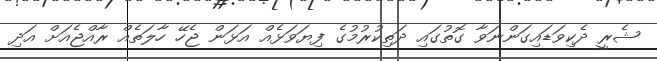
ޝެރީ ދެކިވަޑައިގަންނަވާ ގޮތުގައި ދަތިކުރުމުގެ ފިޔަވަޅެއް އަޅަން ޖެހޭ ހާލަތެއް ރާއްޖެއަށް އަދި